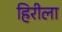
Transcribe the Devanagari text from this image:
हिरीला